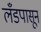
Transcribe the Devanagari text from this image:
लँडपासून